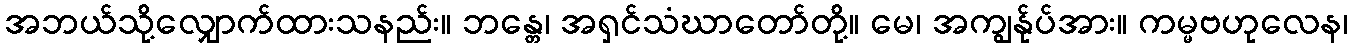
အဘယ်သို့လျှောက်ထားသနည်း။ ဘန္တေ၊ အရှင်သံဃာတော်တို့။ မေ၊ အကျွန်ုပ်အား။ ကမ္မဗဟုလေန၊